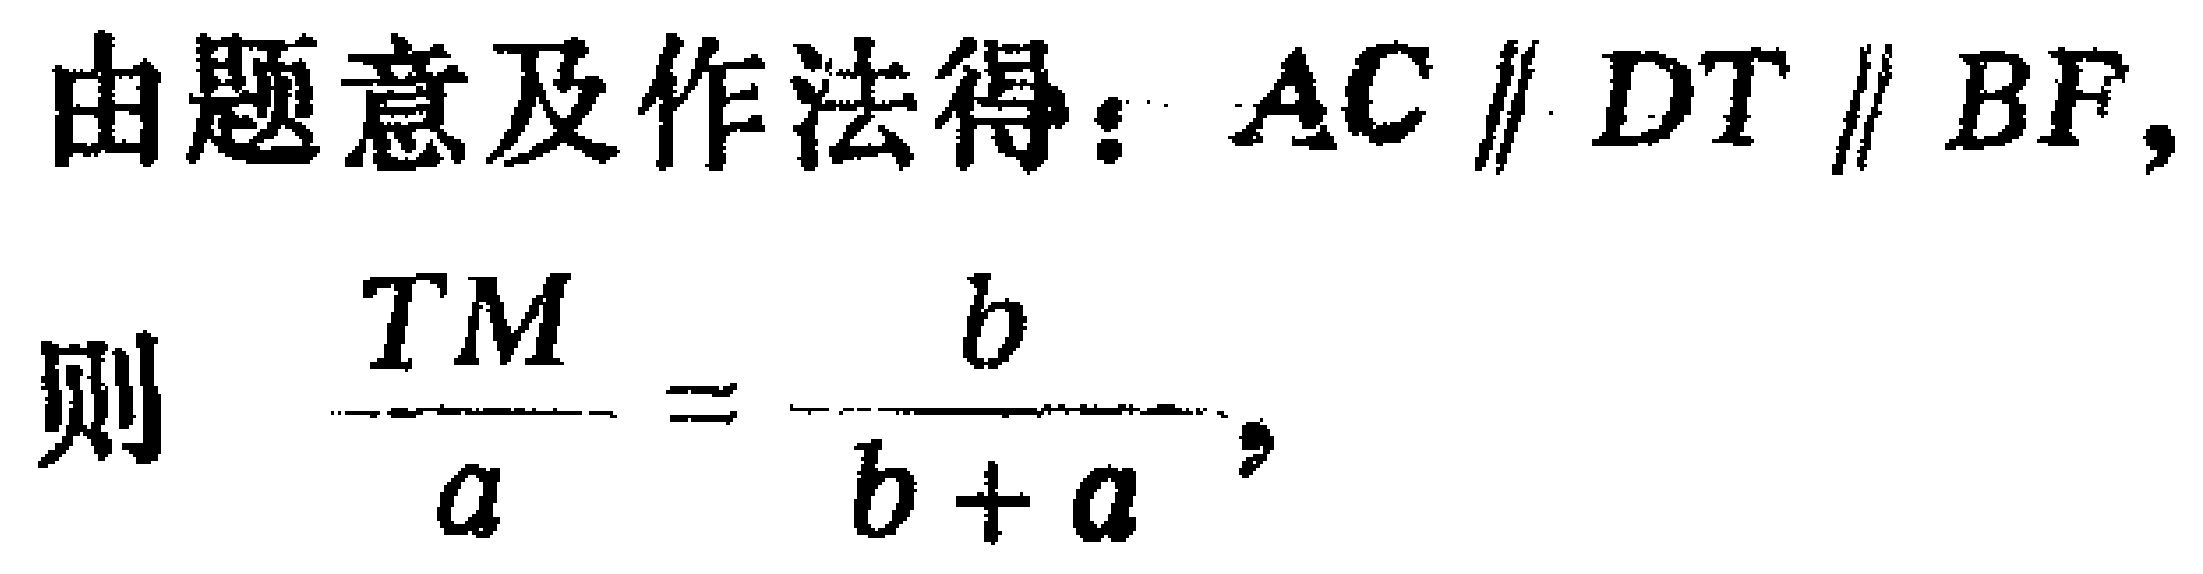
由题意及作法得：$AC \parallel DT \parallel BF,$
则 \(\frac{TM}{a}=\frac{b}{b + a},\)